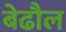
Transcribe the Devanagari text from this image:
बेढौल